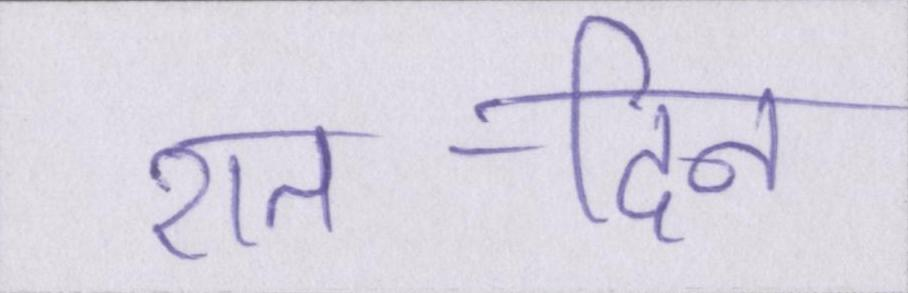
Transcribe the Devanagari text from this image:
रात-दिन